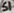
Text: S1